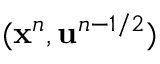
( \mathbf { x } ^ { n } , \mathbf { u } ^ { n - 1 / 2 } )